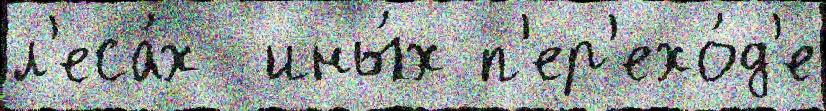
л'еса́х  ины́х п'ер'ехо́д'е